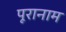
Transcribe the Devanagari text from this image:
पूरानाम